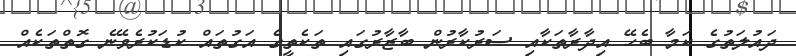
ދައުލަތުގެ ކަމާ ބެހޭ އިދާރާތަކާއި ސަރުކާރުން ބާޒާރުގައި ތަކެތީގެ އަގުތައް ކުޑަކުރެވޭނެ ގޮތްތަކެއް